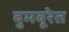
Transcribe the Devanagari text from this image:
बुमबूरेत